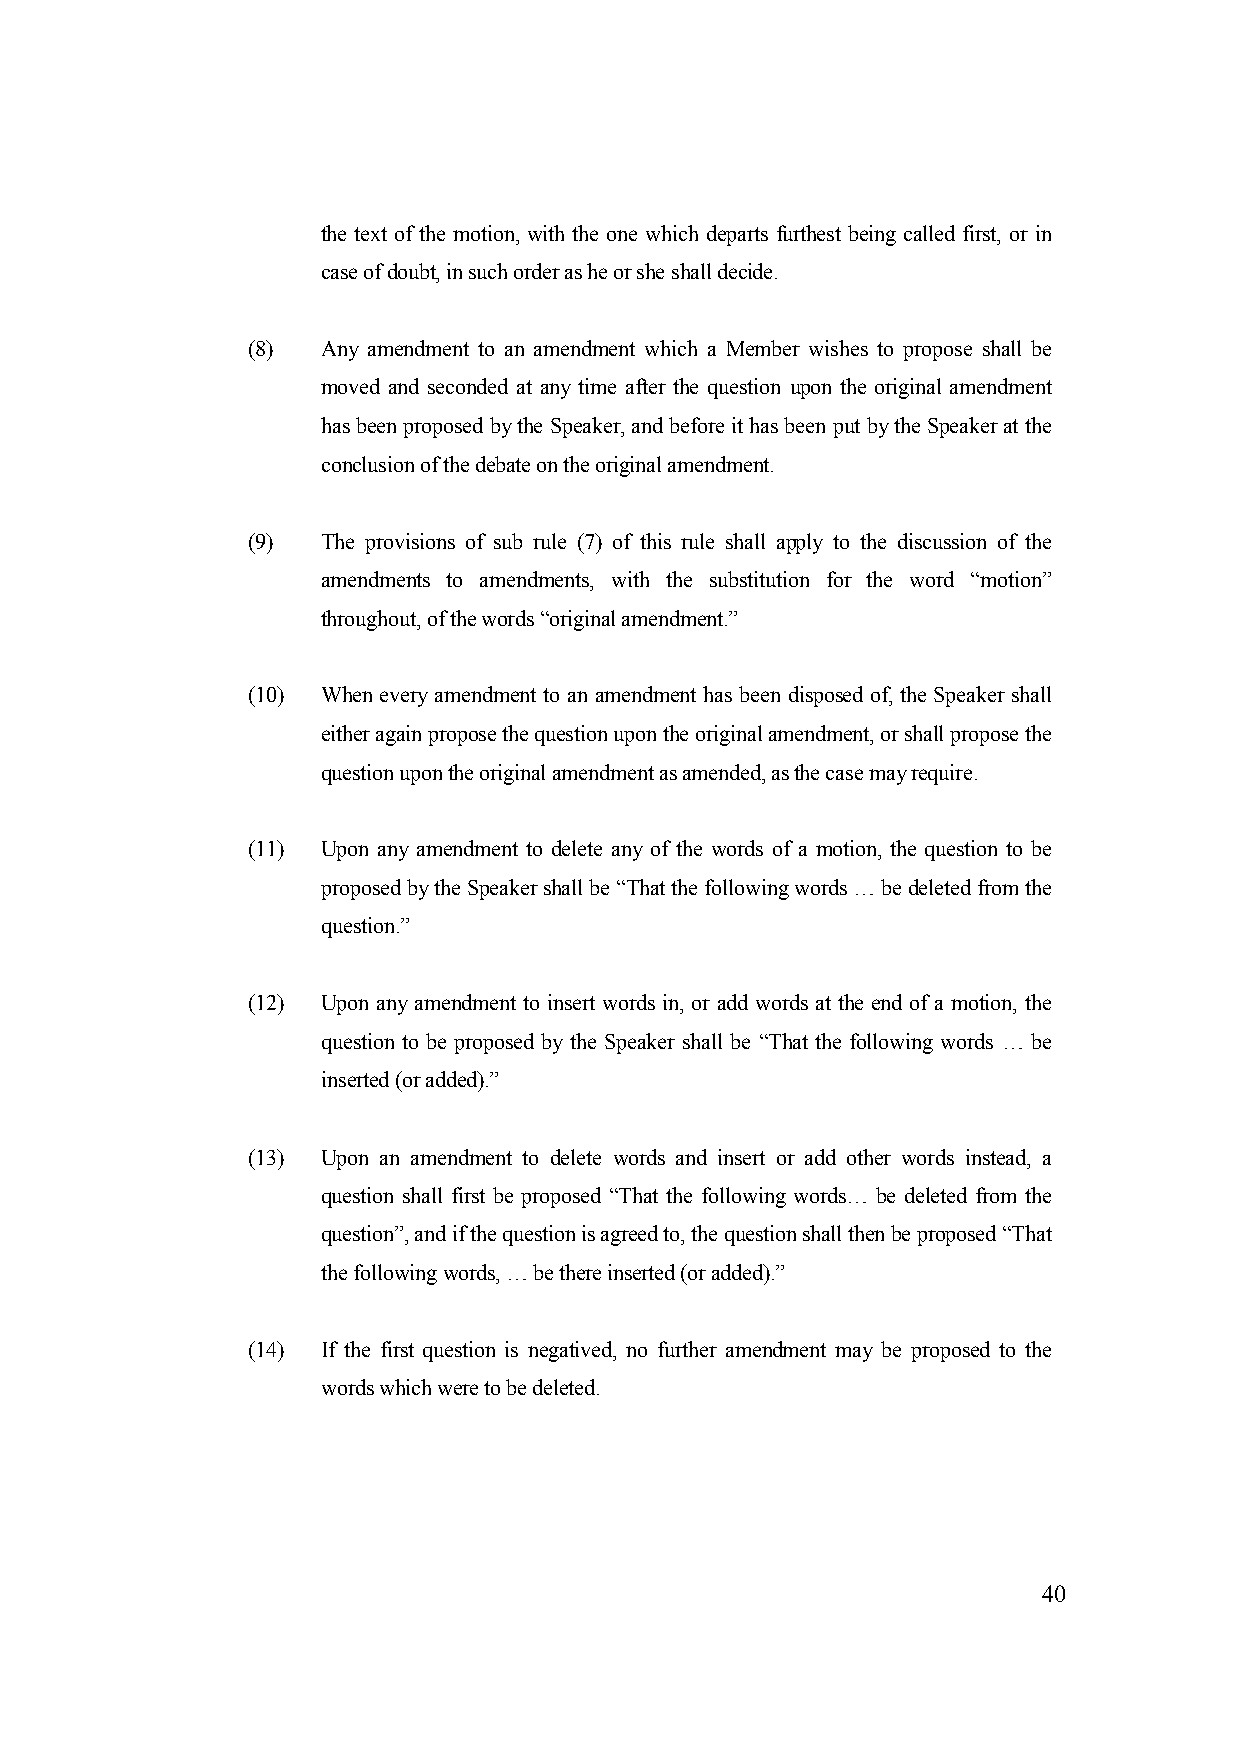
the text of the motion, with the one which departs furthest being called first, or in
 case of doubt, in such order as he or she shall decide.
 (8)  Any amendment to an amendment which a Member wishes to propose shall be
 moved and seconded at any time after the question upon the original amendment
 has been proposed by the Speaker, and before it has been put by the Speaker at the
 conclusion of the debate on the original amendment.
 (9)  The provisions of sub rule (7) of this rule shall apply to the discussion of the
 amendments to amendments, with the substitution for the word “motion”
 throughout, of the words “original amendment.”
 (10) When every amendment to an amendment has been disposed of, the Speaker shall
 either again propose the question upon the original amendment, or shall propose the
 question upon the original amendment as amended, as the case may require.
 (11) Upon any amendment to delete any of the words of a motion, the question to be
 proposed by the Speaker shall be “That the following words … be deleted from the
 question.”
 (12) Upon any amendment to insert words in, or add words at the end of a motion, the
 question to be proposed by the Speaker shall be “That the following words … be
 inserted (or added).”
 (13) Upon an amendment to delete words and insert or add other words instead, a
 question shall first be proposed “That the following words… be deleted from the
 question”, and if the question is agreed to, the question shall then be proposed “That
 the following words, … be there inserted (or added).”
 (14) If the first question is negatived, no further amendment may be proposed to the
 words which were to be deleted.
 40